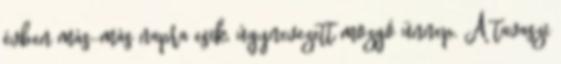
évben más-más napra esik, úgynevezett mozgó ünnep. A tavaszi